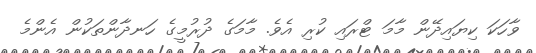
ވާހަކަ ކިޔައިދޭން މާމަ ޓްރައި ކުރި އެވެ. މާމަގެ ދުރުމީގެ ހަނދާންތަކުން އެންމެ